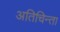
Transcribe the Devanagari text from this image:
अतिचिन्ता